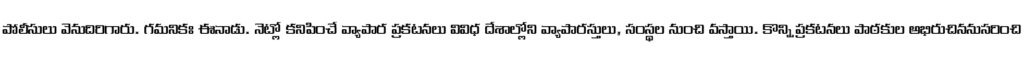
పోలీసులు వెనుదిరిగారు. గమనికః ఈనాడు. నెట్లో కనిపించే వ్యాపార ప్రకటనలు వివిధ దేశాల్లోని వ్యాపారస్తులు, సంస్థల నుంచి వస్తాయి. కొన్ని ప్రకటనలు పాఠకుల అభిరుచిననుసరించి